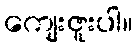
ကျေးဇူးပါ။